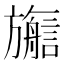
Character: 𬀜